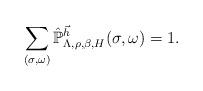
LaTeX: \begin{align*}\sum_{(\sigma,\omega)}\hat{\mathbb{P}}_{\Lambda,\rho,\beta,H}^{\vec{h}}(\sigma,\omega)=1.\end{align*}